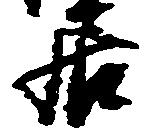
居